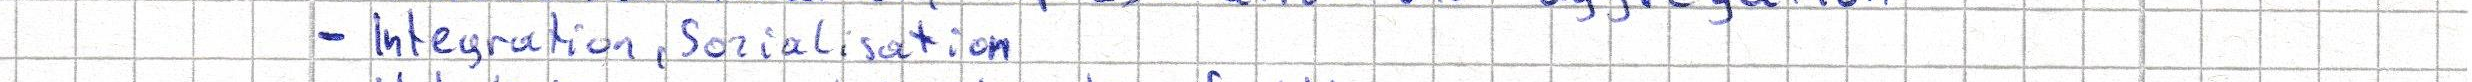
- Integration, Sozialisation